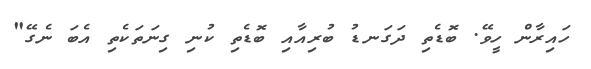
ހައިރާން ހީވޭ. ބޮޑެތި ދަގަނޑު ބުރިއާއި ބޮޑެތި ކުނި ގިނަތަކެތި އެބަ ނެގޭ"